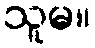
သူမ။